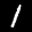
Label: 1